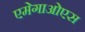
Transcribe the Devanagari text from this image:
एमेगाओएस